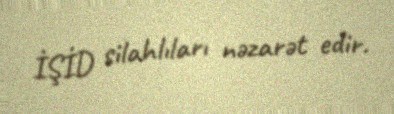
İŞİD silahlıları nəzarət edir.